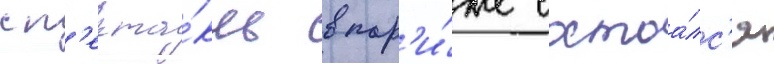
сп'екта́кль в пар'и́же состоа́лс'я